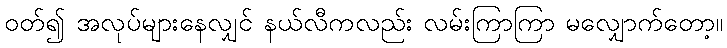
ဝတ်၍ အလုပ်များနေလျှင် နယ်လီကလည်း လမ်းကြာကြာ မလျှောက်တော့။